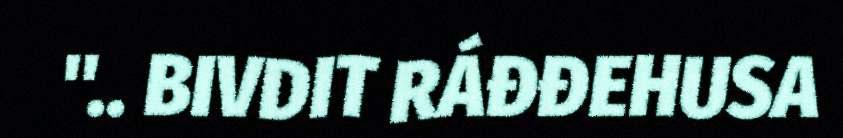
".. BIVDIT RÁĐĐEHUSA